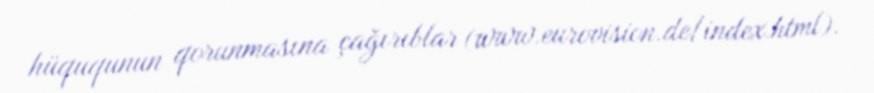
hüququnun qorunmasına çağırıblar (www.eurovision.de/index.html).